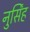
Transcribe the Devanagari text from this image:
नुर्सिंह